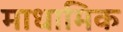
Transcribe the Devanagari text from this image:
माधामिक